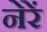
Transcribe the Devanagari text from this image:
नेरें